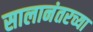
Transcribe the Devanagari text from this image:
सालानंतरच्या